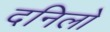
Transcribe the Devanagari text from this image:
दनिलो